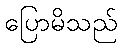
ပြောမိသည်